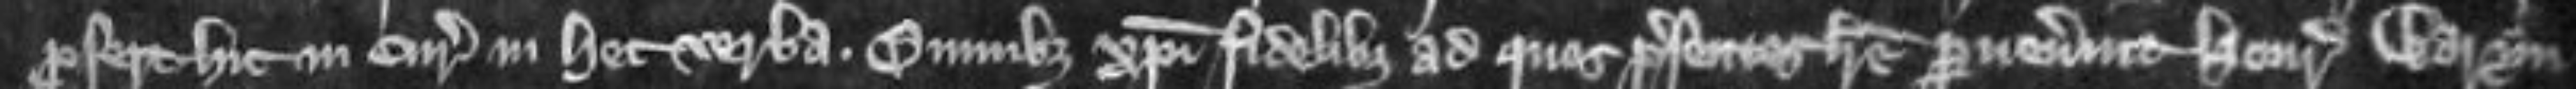
profert hic in curia in hec verba Omnibus Christi fidelibus ad quos presentes littere pervenerint Henricus Waryn